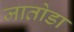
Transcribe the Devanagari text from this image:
जातोडा